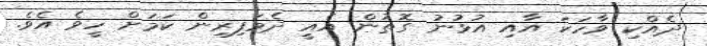
ދެއްކި ވާހަކަ އާއި އުޅުނު ގޮތުން އެއީ ދެމަފިރިން ކަމަށް ހީވެ އެވެ.